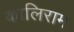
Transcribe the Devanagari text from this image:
कालिराम